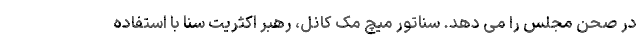
در صحن مجلس را می دهد. سناتور میچ مک کانل، رهبر اکثریت سنا با استفاده